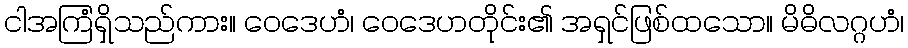
ငါအကြံရှိသည်ကား။ ဝေဒေဟံ၊ ဝေဒေဟတိုင်း၏ အရှင်ဖြစ်ထသော။ မိဓိလဂ္ဂဟံ၊